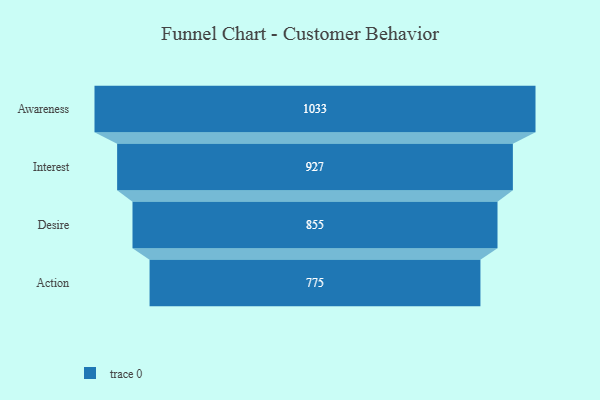
{"axis": {"x": "Stage", "y": "Value"}, "legend": [""], "data": [{"x": "Awareness", "y": 1033.0, "type": ""}, {"x": "Interest", "y": 927.0, "type": ""}, {"x": "Desire", "y": 855.0, "type": ""}, {"x": "Action", "y": 775.0, "type": ""}]}